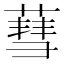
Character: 蔧